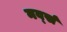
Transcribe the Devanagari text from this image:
नर्व्स